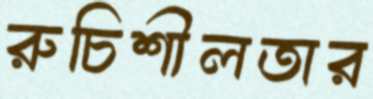
রুচিশীলতার